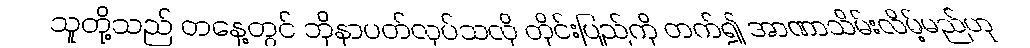
သူတို့သည် တနေ့တွင် ဘိုနာပတ်လုပ်သလို တိုင်းပြည်ကို တက်၍ အာဏာသိမ်းလိမ့်မည်ဟု